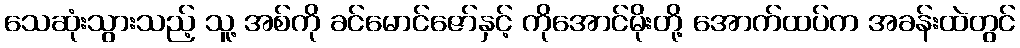
သေဆုံးသွားသည့် သူ့ အစ်ကို ခင်မောင်ဇော်နှင့် ကိုအောင်မိုးတို့ အောက်ထပ်က အခန်းထဲတွင်